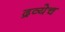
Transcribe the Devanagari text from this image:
द्रव्येच